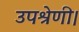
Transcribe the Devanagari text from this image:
उपश्रेणी।